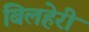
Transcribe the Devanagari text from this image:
बिलहेरी